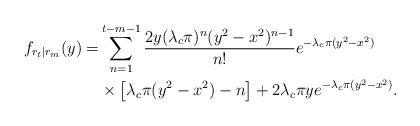
LaTeX: \begin{align*}f_{r_t|r_m}(y)=& \sum^{t-m-1}_{n=1} \frac{ 2y(\lambda_c \pi)^{n}(y^2-x^2)^{n-1}}{n!}e^{-\lambda_c \pi (y^2-x^2)}\\ &\times \left[\lambda_c \pi(y^2-x^2)-n\right] + 2\lambda_c \pi ye^{-\lambda_c \pi (y^2-x^2)}. \end{align*}